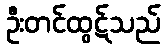
ဦးတင်ထွဋ်သည်